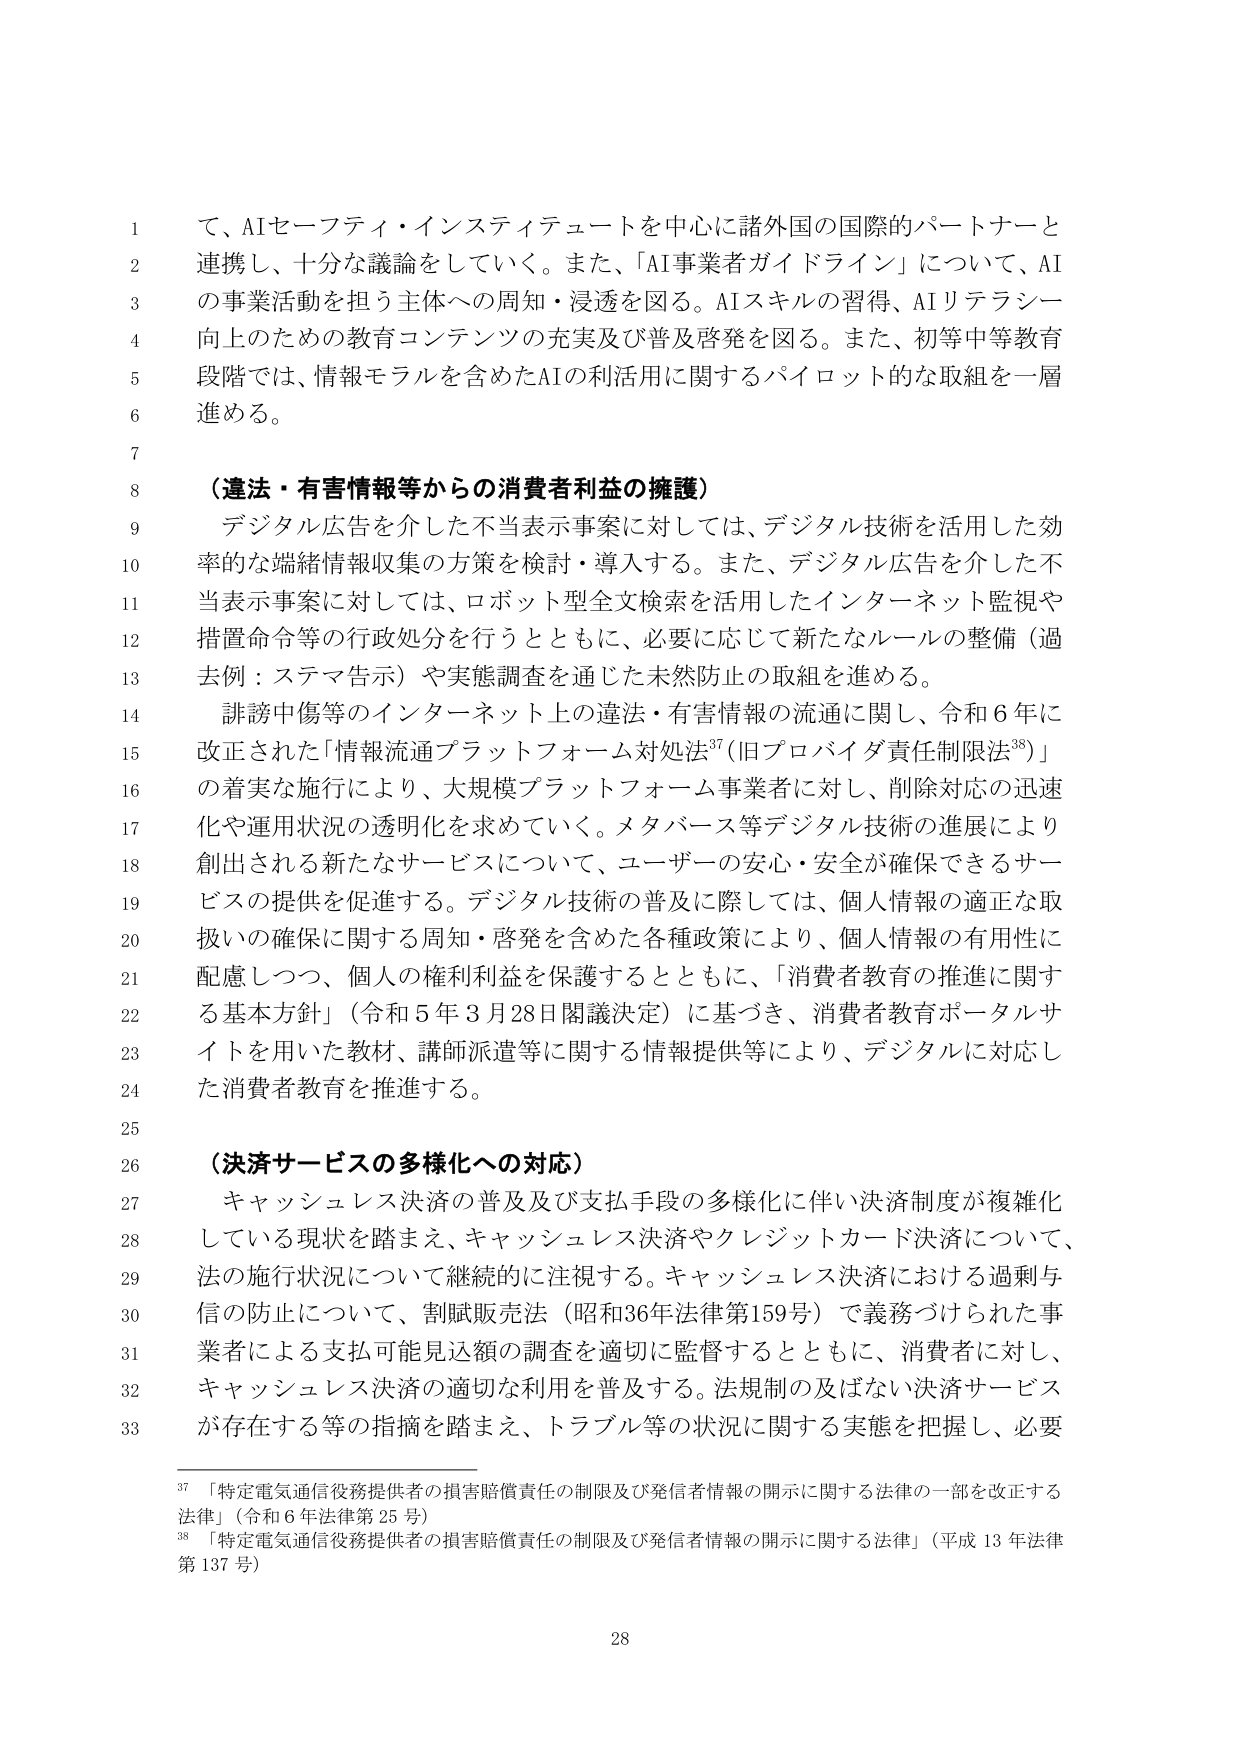
て、AIセーフティ・インスティテュートを中心に諸外国の国際的パートナーと
連携し、十分な議論をしていく。また、「AI事業者ガイドライン」について、AI
の事業活動を担う主体への周知・浸透を図る。AIスキルの習得、AIリテラシー
向上のための教育コンテンツの充実及び普及啓発を図る。また、初等中等教育
段階では、情報モラルを含めたAIの利活用に関するパイロット的な取組を一層
進める。

（違法・有害情報等からの消費者利益の擁護）
デジタル広告を介した不当表示事案に対しては、デジタル技術を活用した効
率的な端緒情報収集の方策を検討・導入する。また、デジタル広告を介した不
当表示事案に対しては、ロボット型全文検索を活用したインターネット監視や
措置命令等の行政処分を行うとともに、必要に応じて新たなルールの整備（過
去例：ステマ告示）や実態調査を通じた未然防止の取組を進める。
誹謗中傷等のインターネット上の違法・有害情報の流通に関し、令和6年に
改正された「情報流通プラットフォーム対処法」（旧プロバイダ責任制限法）」
の着実な施行により、大規模プラットフォーム事業者に対し、削除対応の迅速
化や運用状況の透明化を求めていく。メタバース等デジタル技術の進展により
創出される新たなサービスについて、ユーザーの安心・安全が確保できるサー
ビスの提供を促進する。デジタル技術の普及に際しては、個人情報の適正な取
扱いの確保に関する周知・啓発を含めた各種政策により、個人情報の有用性に
配慮しつつ、個人の権利利益を保護するとともに、「消費者教育の推進に関す
る基本方針」（令和5年3月28日閣議決定）に基づき、消費者教育ポータルサ
イトを用いた教材、講師派遣等に関する情報提供等により、デジタルに対応し
た消費者教育を推進する。

（決済サービスの多様化への対応）
キャッシュレス決済の普及及び支払手段の多様化に伴い決済制度が複雑化
している現状を踏まえ、キャッシュレス決済やクレジットカード決済について、
法の施行状況について継続的に注視する。キャッシュレス決済における過剰与
信の防止について、割賦販売法（昭和36年法律第159号）で義務づけられた事
業者による支払可能見込額の調査を適切に監督するとともに、消費者に対し、
キャッシュレス決済の適切な利用を普及する。法規制の及ばない決済サービス
が存在する等の指摘を踏まえ、トラブル等の状況に関する実態を把握し、必要

37 「特定電気通信役務提供者の損害賠償責任の制限及び発信者情報の開示に関する法律の一部を改正する
法律」（令和6年法律第25号）
38 「特定電気通信役務提供者の損害賠償責任の制限及び発信者情報の開示に関する法律」（平成13年法律
第137号）

28